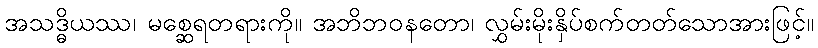
အသဒ္ဓိယဿ၊ မစ္ဆေရတရားကို။ အဘိဘဝနတော၊ လွှမ်းမိုးနှိပ်စက်တတ်သောအားဖြင့်။